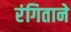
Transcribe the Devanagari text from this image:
रंगिताने